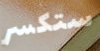
ستكسر